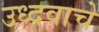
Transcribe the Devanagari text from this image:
उध्दवाचे